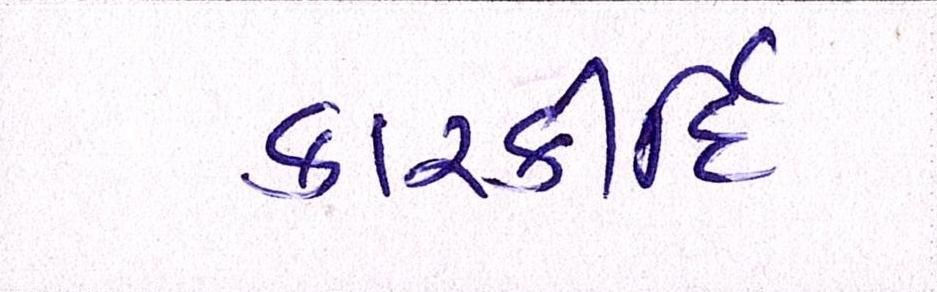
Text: કારકીર્દિ